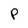
Character: P